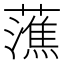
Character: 𧀡